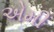
એમી